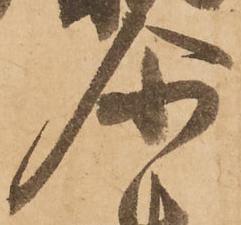
尓